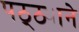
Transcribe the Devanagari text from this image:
पठ्ठ्याने